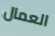
العمال